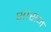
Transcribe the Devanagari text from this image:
भासन